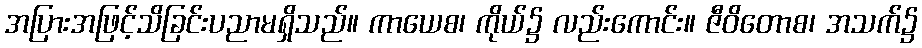
အပြားအဖြင့်သိခြင်းပညာမရှိသည်။ ကာယေစ၊ ကိုယ်၌ လည်းကောင်း။ ဇီဝိတောစ၊ အသက်၌